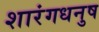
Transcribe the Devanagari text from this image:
शारंगधनुष